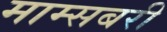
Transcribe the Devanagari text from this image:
माम्सबरी